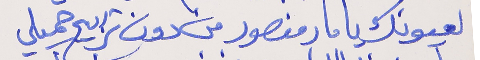
لعيونك يا مار منصور من دون تربيح جميلي